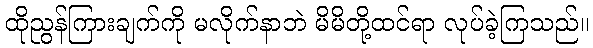
ထိုညွန်ကြားချက်ကို မလိုက်နာဘဲ မိမိတို့ထင်ရာ လုပ်ခဲ့ကြသည်။